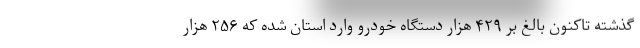
گذشته تاکنون بالغ بر ۴۲۹ هزار دستگاه خودرو وارد استان شده که ۲۵۶ هزار